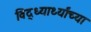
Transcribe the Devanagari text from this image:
विद्ध्यार्थ्यांच्या